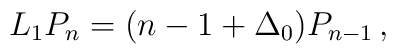
L_1P_n=(n-1+\Delta_0)P_{n-1}\,,